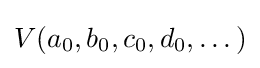
V(a_{0},b_{0},c_{0},d_{0},\dots )